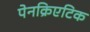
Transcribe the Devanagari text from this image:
पेनक्रिएटिक